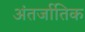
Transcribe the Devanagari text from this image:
अंतर्जातिक